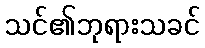
သင်၏ဘုရားသခင်